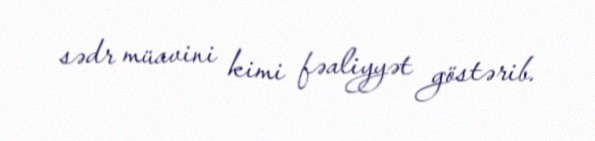
sədr müavini kimi fəaliyyət göstərib.